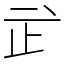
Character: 㱐